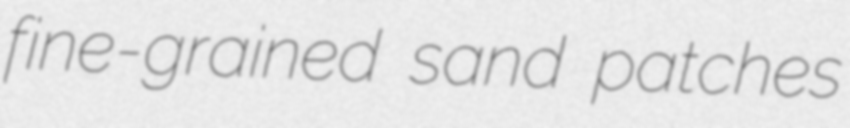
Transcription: fine-grained sand patches